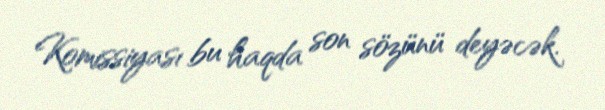
Komissiyası bu haqda son sözünü deyəcək.